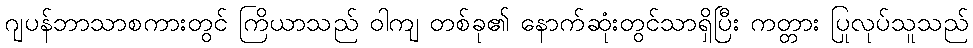
ဂျပန်ဘာသာစကားတွင် ကြိယာသည် ဝါကျ တစ်ခု၏ နောက်ဆုံးတွင်သာရှိပြီး ကတ္တား ပြုလုပ်သူသည်